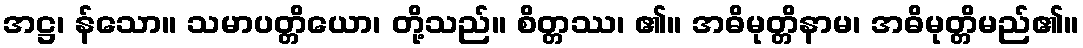
အဋ္ဌ၊ န်သော။ သမာပတ္တိယော၊ တို့သည်။ စိတ္တဿ၊ ၏။ အဓိမုတ္တိနာမ၊ အဓိမုတ္တိမည်၏။